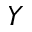
Y